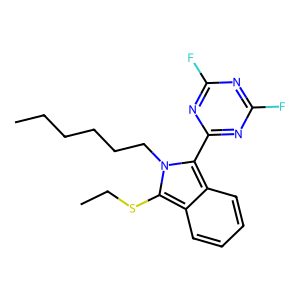
SMILES: CCCCCCn1c(SCC)c2ccccc2c1-c1nc(F)nc(F)n1
Inhibits HIV replication: No